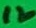
Text: 12